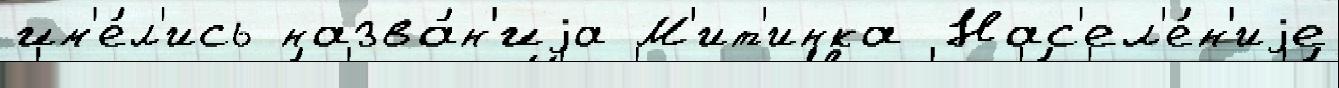
им'е́л'ись назва́н'иjа М'ит'инка Нас'ел'е́н'иjе